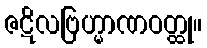
ဇဋိလဗြဟ္မာဏဝတ္ထု။